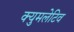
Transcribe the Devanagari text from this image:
क्युमलेटिव